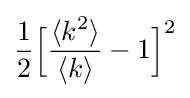
{\frac {1}{2}}{\Big [}{\frac {\langle {k^{2}}\rangle }{\langle k\rangle }}-1{\Big ]}^{2}